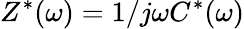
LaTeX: Z^{*}(\omega)=1/j\omega C^{*}(\omega)